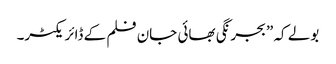
بولے کہ ”بجرنگی بھائی جان فلم کے ڈائریکٹر۔